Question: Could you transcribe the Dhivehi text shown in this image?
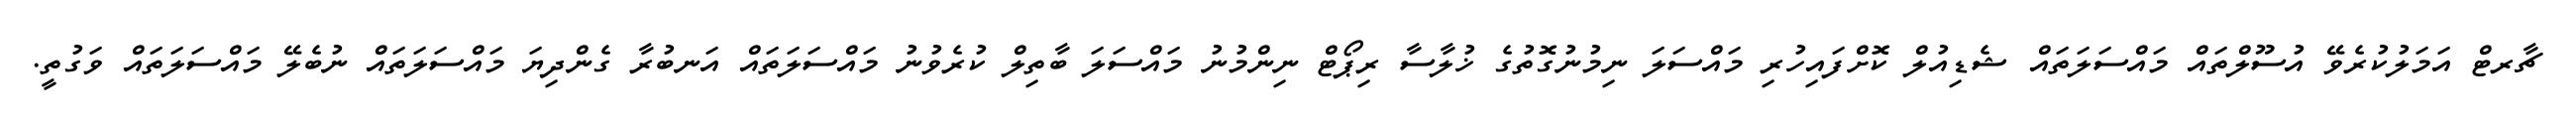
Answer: ޗާރޓް އަމަލުކުރެވޭ އުސޫލްތައް މައްސަލަތައް ޝެޑިއުލް ކޮށްފައިހުރި މައްސަލަ ނިމުނުގޮތުގެ ޚުލާސާ ރިޕޯޓް ނިންމުނު މައްސަލަ ބާތިލް ކުރެވުނު މައްސަލަތައް އަނބުރާ ގެންދިޔަ މައްސަލަތައް ނުބެލޭ މައްސަލަތައް ވަގުތީ.